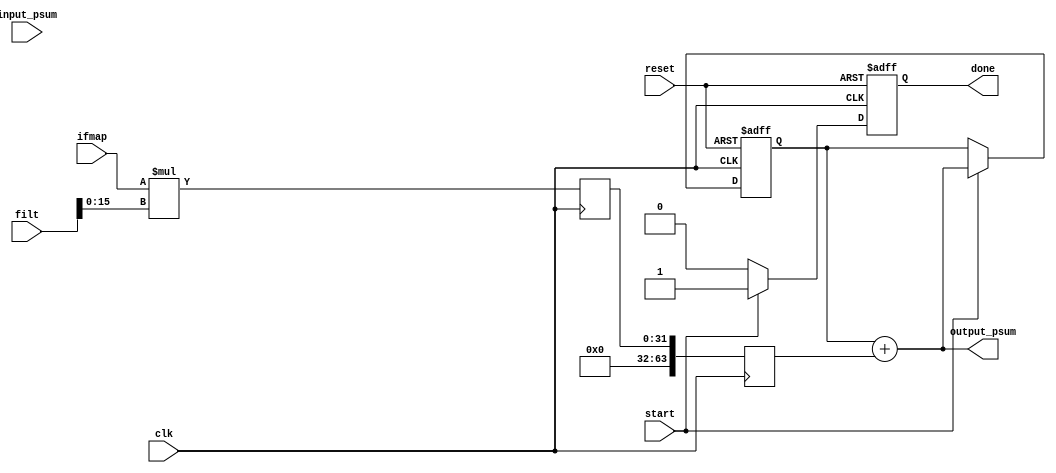
module PE (
    input wire clk,
    input wire reset,
    input wire [15:0] ifmap,
    input wire [63:0] filt,
    input wire [63:0] input_psum,
    output reg [63:0] output_psum,
    input wire start,
    output reg done
);

    reg [15:0] ifmap_scratchpad [0:11];
    reg [63:0] filter_scratchpad [0:223];
    reg [15:0] psum_scratchpad [0:23];
    reg [15:0] zero_buffer;

    wire [15:0] ifmap_data;
    wire [63:0] filter_data;
    wire [15:0] partial_sum_data;

    reg [31:0] mul_result_stage1;
    reg [63:0] mul_result_stage2;
    reg [63:0] accum_psum;
    reg [63:0] next_accum_psum;

    always @(posedge clk or posedge reset) begin
        if (reset) begin
            zero_buffer <= 16'b0;
            accum_psum <= 64'b0;
            done <= 1'b0;
        end else if (start) begin
            ifmap_scratchpad[0] <= ifmap;
            filter_scratchpad[0] <= filt;
            psum_scratchpad[0] <= input_psum[15:0];
            accum_psum <= next_accum_psum;
            done <= 1'b1;
        end else begin
            done <= 1'b0;
        end
    end

    // Two-stage pipelined multiplier
    always @(posedge clk) begin
        mul_result_stage1 <= ifmap * filt[15:0];
        mul_result_stage2 <= {16'b0, mul_result_stage1}; // Actual multiplication logic
    end

    // Accumulate partial sums
    always @* begin
        next_accum_psum = accum_psum + mul_result_stage2;
        output_psum = next_accum_psum;
    end
endmodule